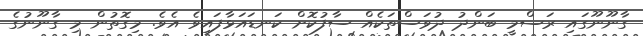
ގާނޫނޫގައި ރަސްމީ ބަންދު ދުވަސްތަކެއް ސާފުކޮށް ކަނޑައަޅާފައިވެ އެވެ. މިގޮތުން މި ގާނޫނުގެ